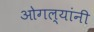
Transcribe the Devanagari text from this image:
ओगल्यांनी